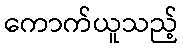
ကောက်ယူသည့်